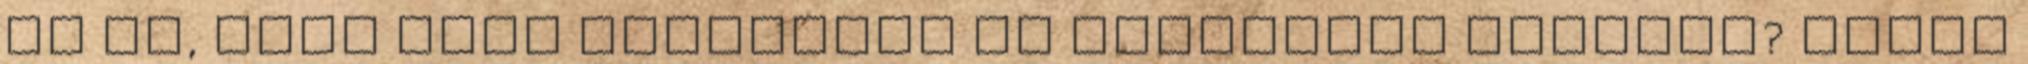
az ég, vagy csak rámborult az öblösüveg homálya? Érzem